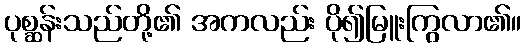
ပုစ္ဆန်းသည်တို့၏ အကလည်း ပို၍မြူးကြွလာ၏။